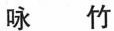
咏 竹